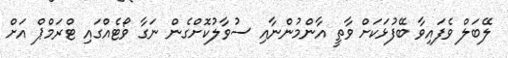
ލޭބަލް ވެފައިވާ ބޭފުޅަކަށް ވާތީ އާންމުންނާއި ސުވާލުކޮށްގެން ނަގާ ވޯޓެއްގައި ޓްރަމްޕް އަށް